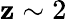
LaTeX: \mathbf{z}\sim2